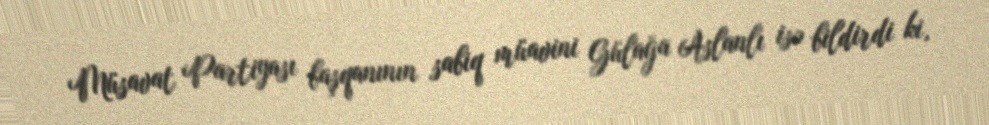
Müsavat Partiyası başqanının sabiq müavini Gülağa Aslanlı isə bildirdi ki,